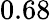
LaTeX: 0.68